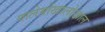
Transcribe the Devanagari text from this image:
पालेर्मोखालोखाल